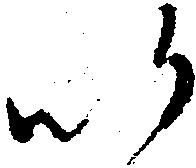
以